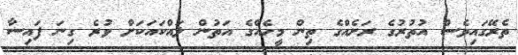
ތެރޭގައިވެސް އުތުރުގެ ރަށެއްގެ ތިން މީހެއްގެ އަތުން ލައްކައަކަށް ވުރެ ގިނަ ފައިސާ